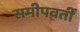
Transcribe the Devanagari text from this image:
समीपवर्तीं